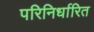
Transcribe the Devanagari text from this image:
परिनिर्धारित